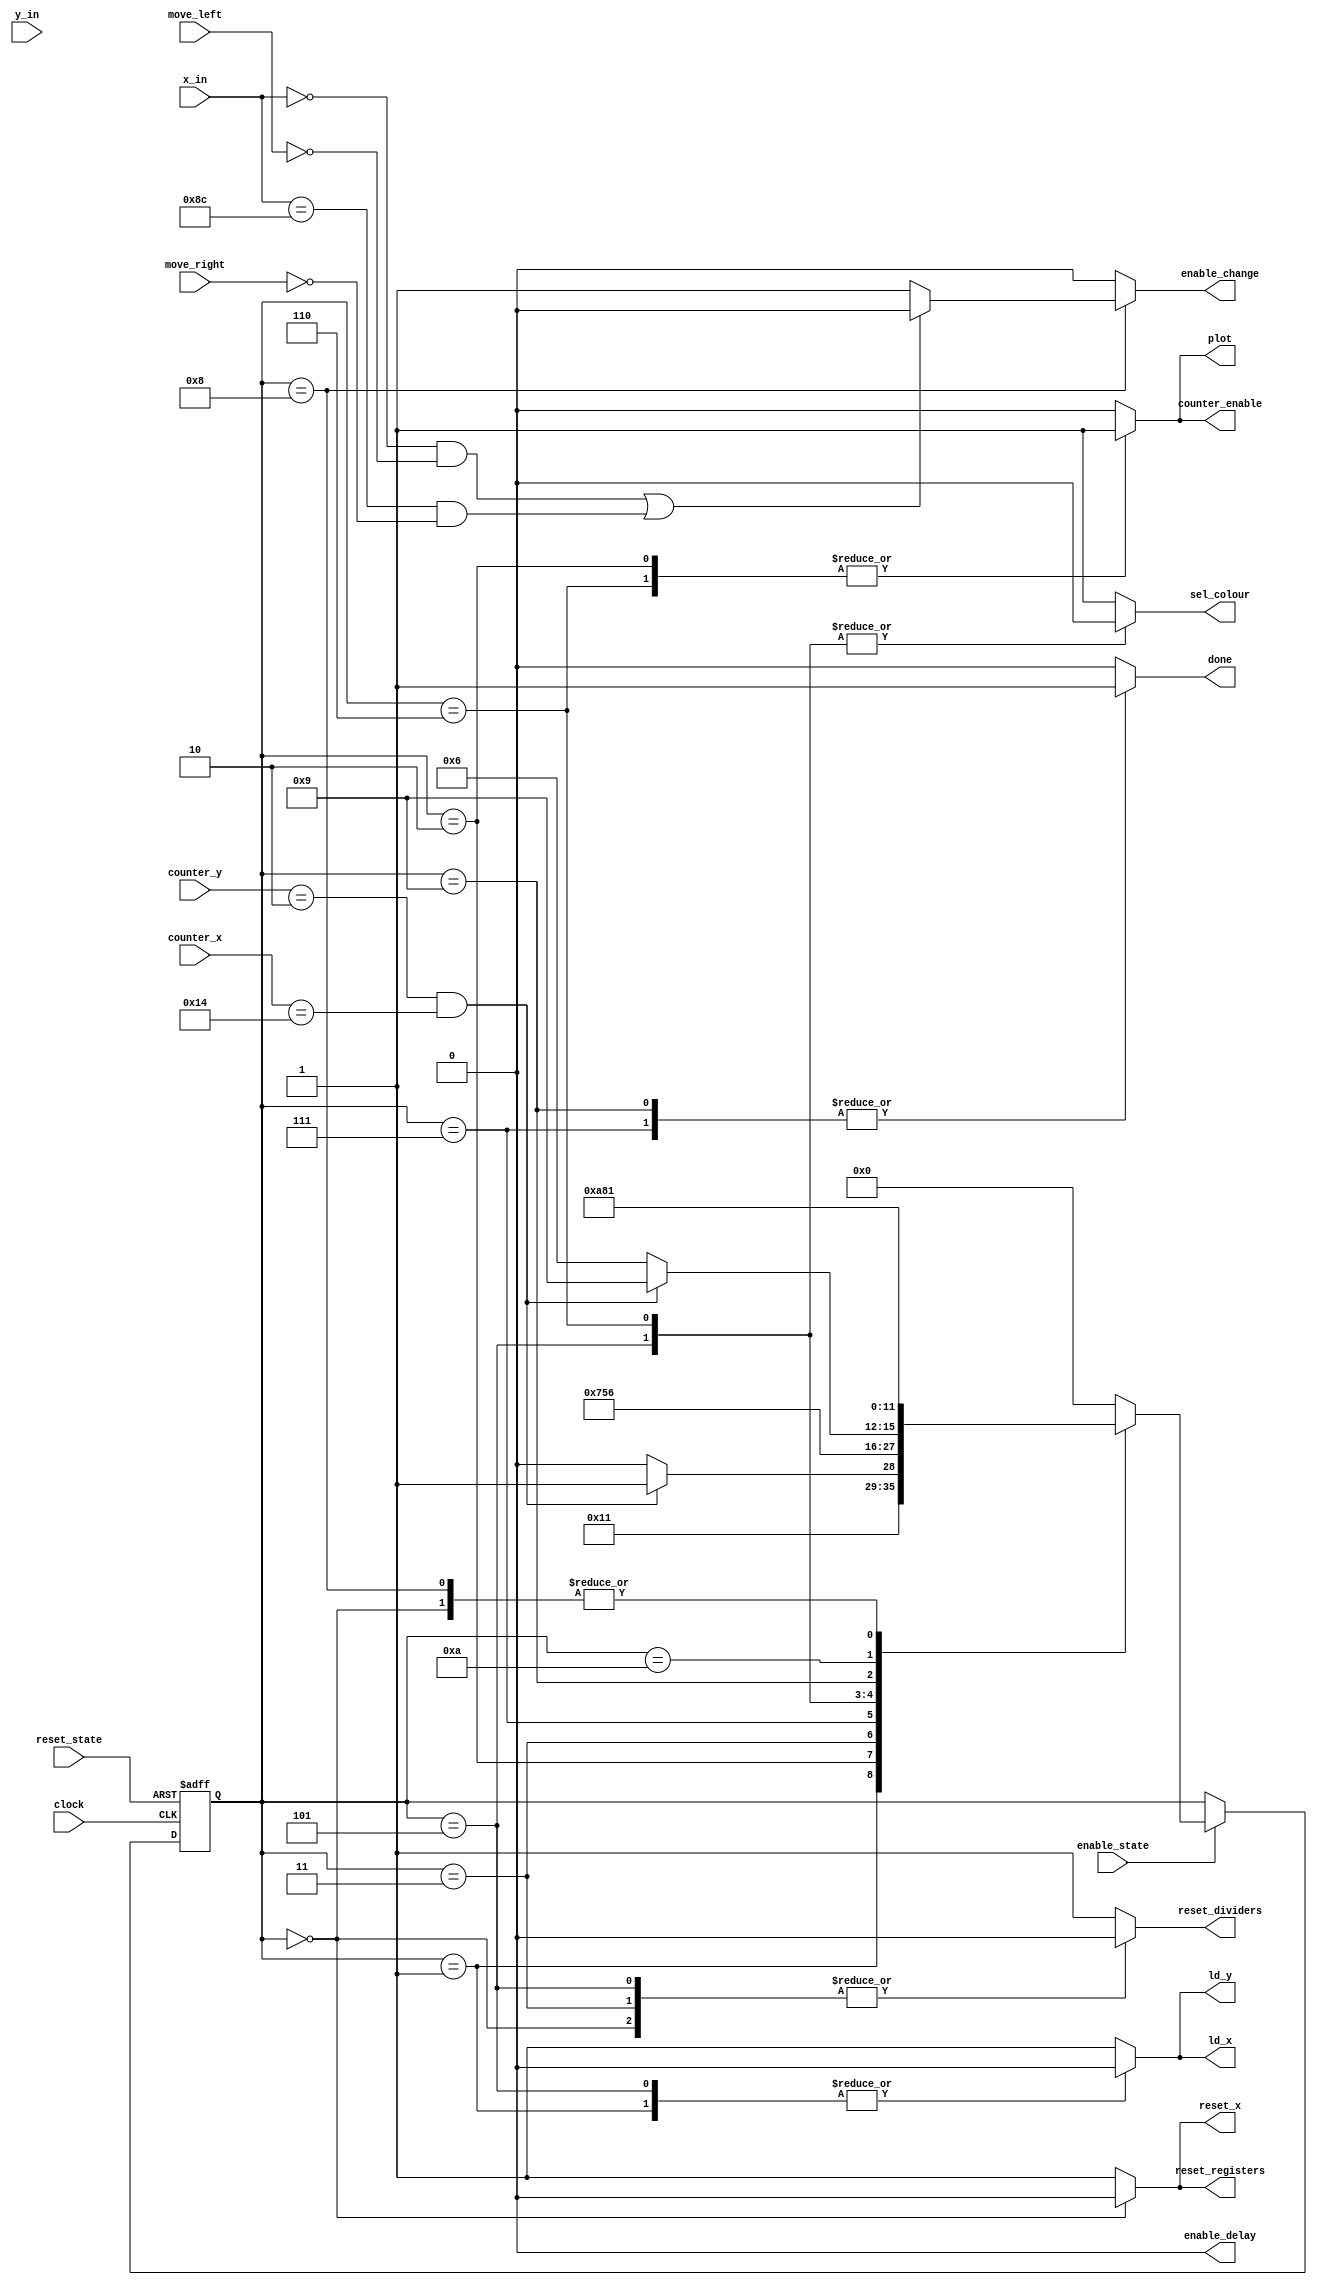
`timescale 1ns / 1ns // `timescale time_unit/time_precision
        
/* Control for paddle_top, paddle_movement and paddle_display */
module paddle_control(
			reset_state, 
			clock,  
			counter_y, 
			counter_x, 
			x_in, 
			y_in, 
			move_left, 
			move_right, 
			enable_state, 
			done,
		 	plot, 
		 	ld_x, 
		 	ld_y, 
		 	reset_dividers, 
		 	reset_x, 
		 	sel_colour, 
		 	enable_change, 
		 	enable_delay, 
		 	counter_enable, 
		 	reset_registers
		 	);
   
	input reset_state;
	input clock;
	input enable_state;
	
	input [4:0] counter_y;  
	input [4:0] counter_x;  
	
	// Top-left coordinates of the paddle
	input [7:0] x_in;
	input [6:0] y_in;
	
	input move_left, move_right; 
	
	/* Controls for the top level module (counter) */
	output reg reset_dividers;
	output reg enable_delay;
	output reg counter_enable;
	output reg plot;
	output reg done;
	
	/* Controls for paddle_movement */
	output reg enable_change; // enables X movement depending on user input
	output reg reset_x; // resets the value of X to default
	
	// selects the colour to output, depending on whether we need to erase the paddle or draw it
	output reg sel_colour; 
	
	/*Controls for paddle_display */
	output reg ld_x;
	output reg ld_y;
	output reg reset_registers; // resets the registers
	
	
	
	localparam
		RESET = 4'd0,  
		LOAD_VALUES = 4'd1,
		LOAD_COUNTER = 4'd2,
		LOAD_DIVIDERS = 4'd3,
		COUNT = 4'd4,
		ERASE_1 = 4'd5,
		ERASE_2 = 4'd6,
		HOLD_1 = 4'd7,
		UPDATE = 4'd8,
		HOLD_2 = 4'd9,
		WAIT = 4'd10;
		
	reg [3:0] current_state, next_state;
	
	always @ (*)
	begin : state_table
		case (current_state)
			RESET: next_state = LOAD_VALUES;
			LOAD_VALUES: next_state = LOAD_COUNTER;
			LOAD_COUNTER: next_state = ((counter_y == 5'd2) & (counter_x == 5'd20)) ? LOAD_DIVIDERS : LOAD_COUNTER;
			LOAD_DIVIDERS: next_state = HOLD_1;
			HOLD_1: next_state = ERASE_1;
			ERASE_1: next_state = ERASE_2;
			ERASE_2: next_state = ((counter_y == 5'd2) & (counter_x == 5'd20)) ? HOLD_2 : ERASE_2;
			HOLD_2: next_state = WAIT; 
			WAIT: next_state = UPDATE;
			UPDATE: next_state = LOAD_VALUES;
		default: next_state  = RESET;
		endcase
	end 
	
	
	always @ (*)
	begin: enable_signals
		reset_dividers = 1;
		reset_registers = 1;
		reset_x = 1;    
		enable_change = 0;     
		sel_colour = 1;
		counter_enable = 0;
		enable_delay = 0;
		ld_x = 1;
		ld_y = 1;
		plot = 0;
		done = 0;
		case(current_state)
			RESET: begin
				reset_dividers = 0; // resets the dividers in the top level module
				reset_registers = 0; // resets registers in paddle_display
				reset_x = 0; // resets the counter in paddle_movement
			end
			LOAD_VALUES: begin
				ld_x = 1'b0; // load x
				ld_y = 1'b0; // load y
			end
			LOAD_COUNTER: begin
				counter_enable = 1;
				plot = 1;
			end
			LOAD_DIVIDERS: begin
				reset_dividers = 0;
			end
		    	HOLD_1: begin
				done = 1;
			end 
			ERASE_1: begin
				reset_dividers = 0;
				sel_colour = 0;
				ld_x = 0;
				ld_y = 0;
			end 
			ERASE_2: begin
				sel_colour = 0;
				counter_enable = 1;
				plot = 1;
			end 
			HOLD_2: begin
				done = 1;
			end
			WAIT: begin
			end  
			UPDATE: begin
				if (!(((x_in == 8'd0) & (!move_left)) | ((x_in == 8'd140) & (!move_right))))  
					enable_change = 1;
			end 
		endcase
	end 
	
	always @ (posedge clock, negedge reset_state)
	begin: state_FFs
		if (!reset_state)
			current_state <= RESET;
		else if (enable_state)
			current_state <= next_state;
	end 
		                
		
		
endmodule